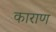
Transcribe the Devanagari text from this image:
काराण